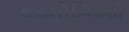
જયોતિઓ